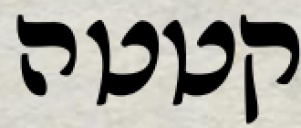
קטטה